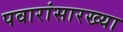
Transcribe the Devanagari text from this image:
पवारांसारख्या